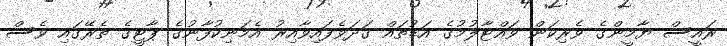
ރައީސް ޔާމީންގެ ވެރިކަން ވައްޓާލުމުގެ އަޑުތައް ގަދަވެފައިވާއިރު އެމަނިކުފާނުގެ ޕާޓީގެ ތެރޭގައި ވެސް